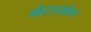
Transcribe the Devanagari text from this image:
मेटाखेल